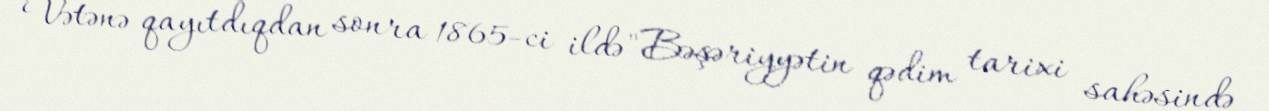
Vətənə qayıtdıqdan sonra 1865-ci ildə "Bəşəriyyətin qədim tarixi sahəsində